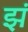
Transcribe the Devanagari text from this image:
झं